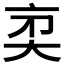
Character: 𠅑